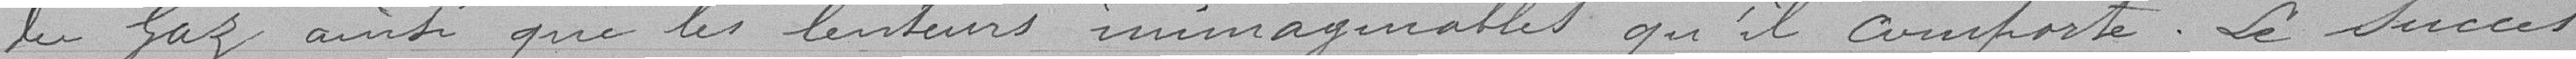
du Gaz ainsi que les lenteurs inimaginables qu'il comporte. Le succès